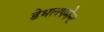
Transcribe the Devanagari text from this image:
डेभलपमेन्ट